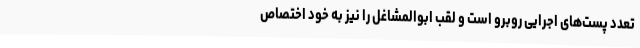
تعدد پست‌های اجرایی روبرو است و لقب ابوالمشاغل را نیز به خود اختصاص